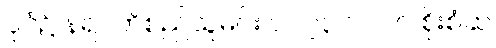
ပုဂံ၌ နရပတိစည်သူမင်း ၁၁၇၃ ၁၂၁၀ စိုးစံဆဲ